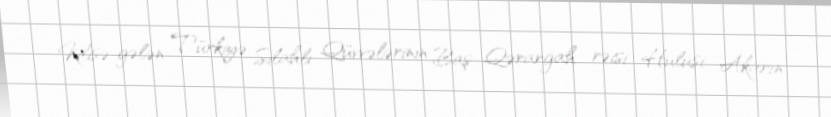
Kilisə gələn Türkiyə Silahlı Qüvvələrinin Baş Qərargah rəisi Hulusi Akarın